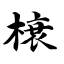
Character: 榱